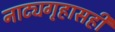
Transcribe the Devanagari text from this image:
नाट्यगृहासही